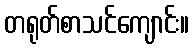
တရုတ်စာသင်ကျောင်း။